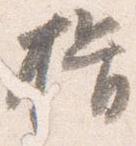
揖